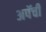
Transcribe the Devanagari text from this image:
अपॅची